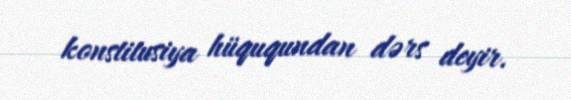
konstitusiya hüququndan dərs deyir.